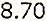
8.70